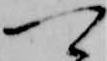
可